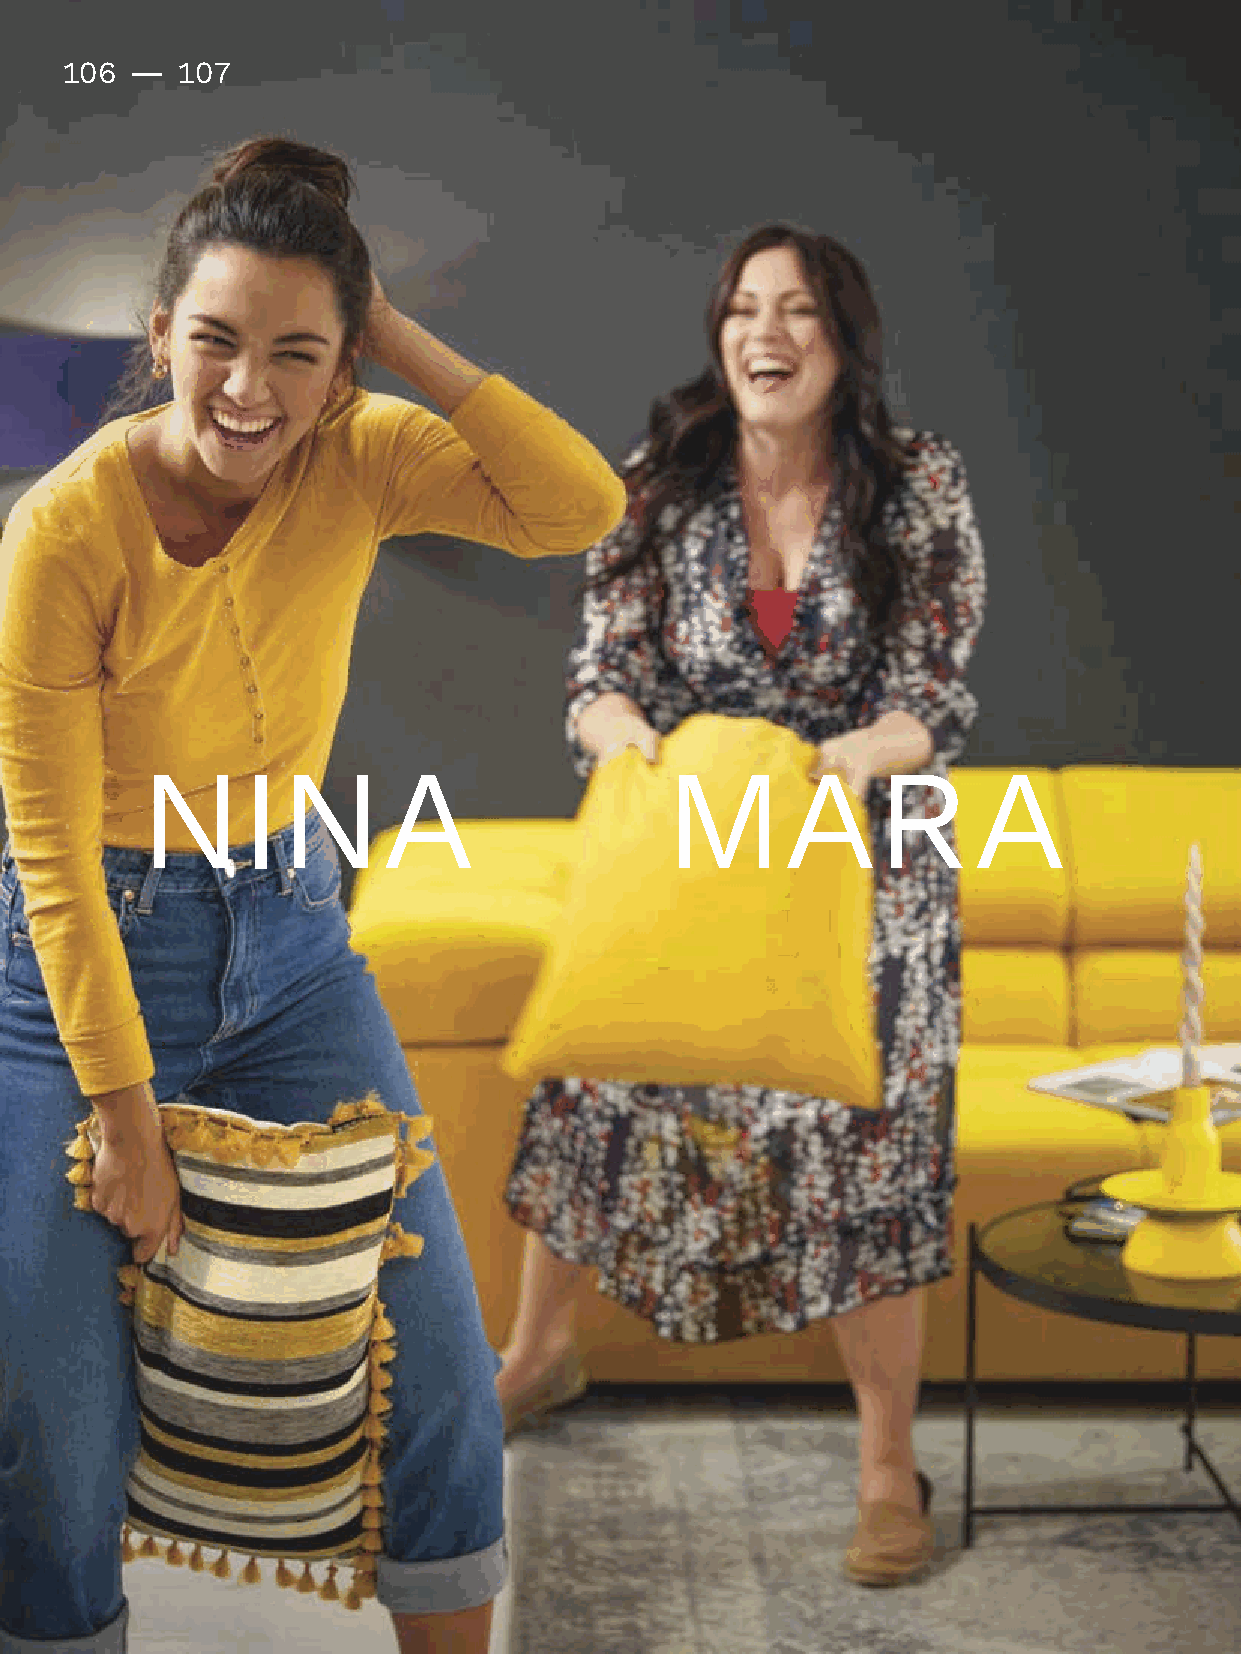
106 -   107
 NINA                               MARA